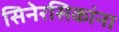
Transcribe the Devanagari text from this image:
सिनेरसिकांना